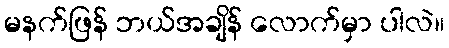
မနက်ဖြန် ဘယ်အချိန် လောက်မှာ ပါလဲ။